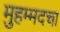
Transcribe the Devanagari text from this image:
मुहम्मदचा